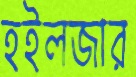
হইলজার